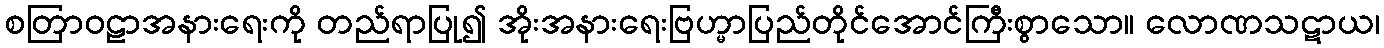
စတြာဝဠာအနားရေးကို တည်ရာပြု၍ အိုးအနားရေးဗြဟ္မာပြည်တိုင်အောင်ကြီးစွာသော။ လောဏသဋာယ၊